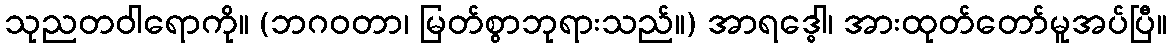
သုညတဝါရောကို။ (ဘဂဝတာ၊ မြတ်စွာဘုရားသည်။) အာရဒ္ဓေါ၊ အားထုတ်တော်မူအပ်ပြီ။